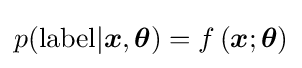
p({\rm {label}}|{\boldsymbol {x}},{\boldsymbol {\theta }})=f\left({\boldsymbol {x}};{\boldsymbol {\theta }}\right)